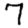
Digit: 7